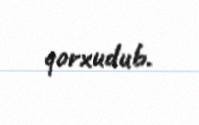
qorxudub.